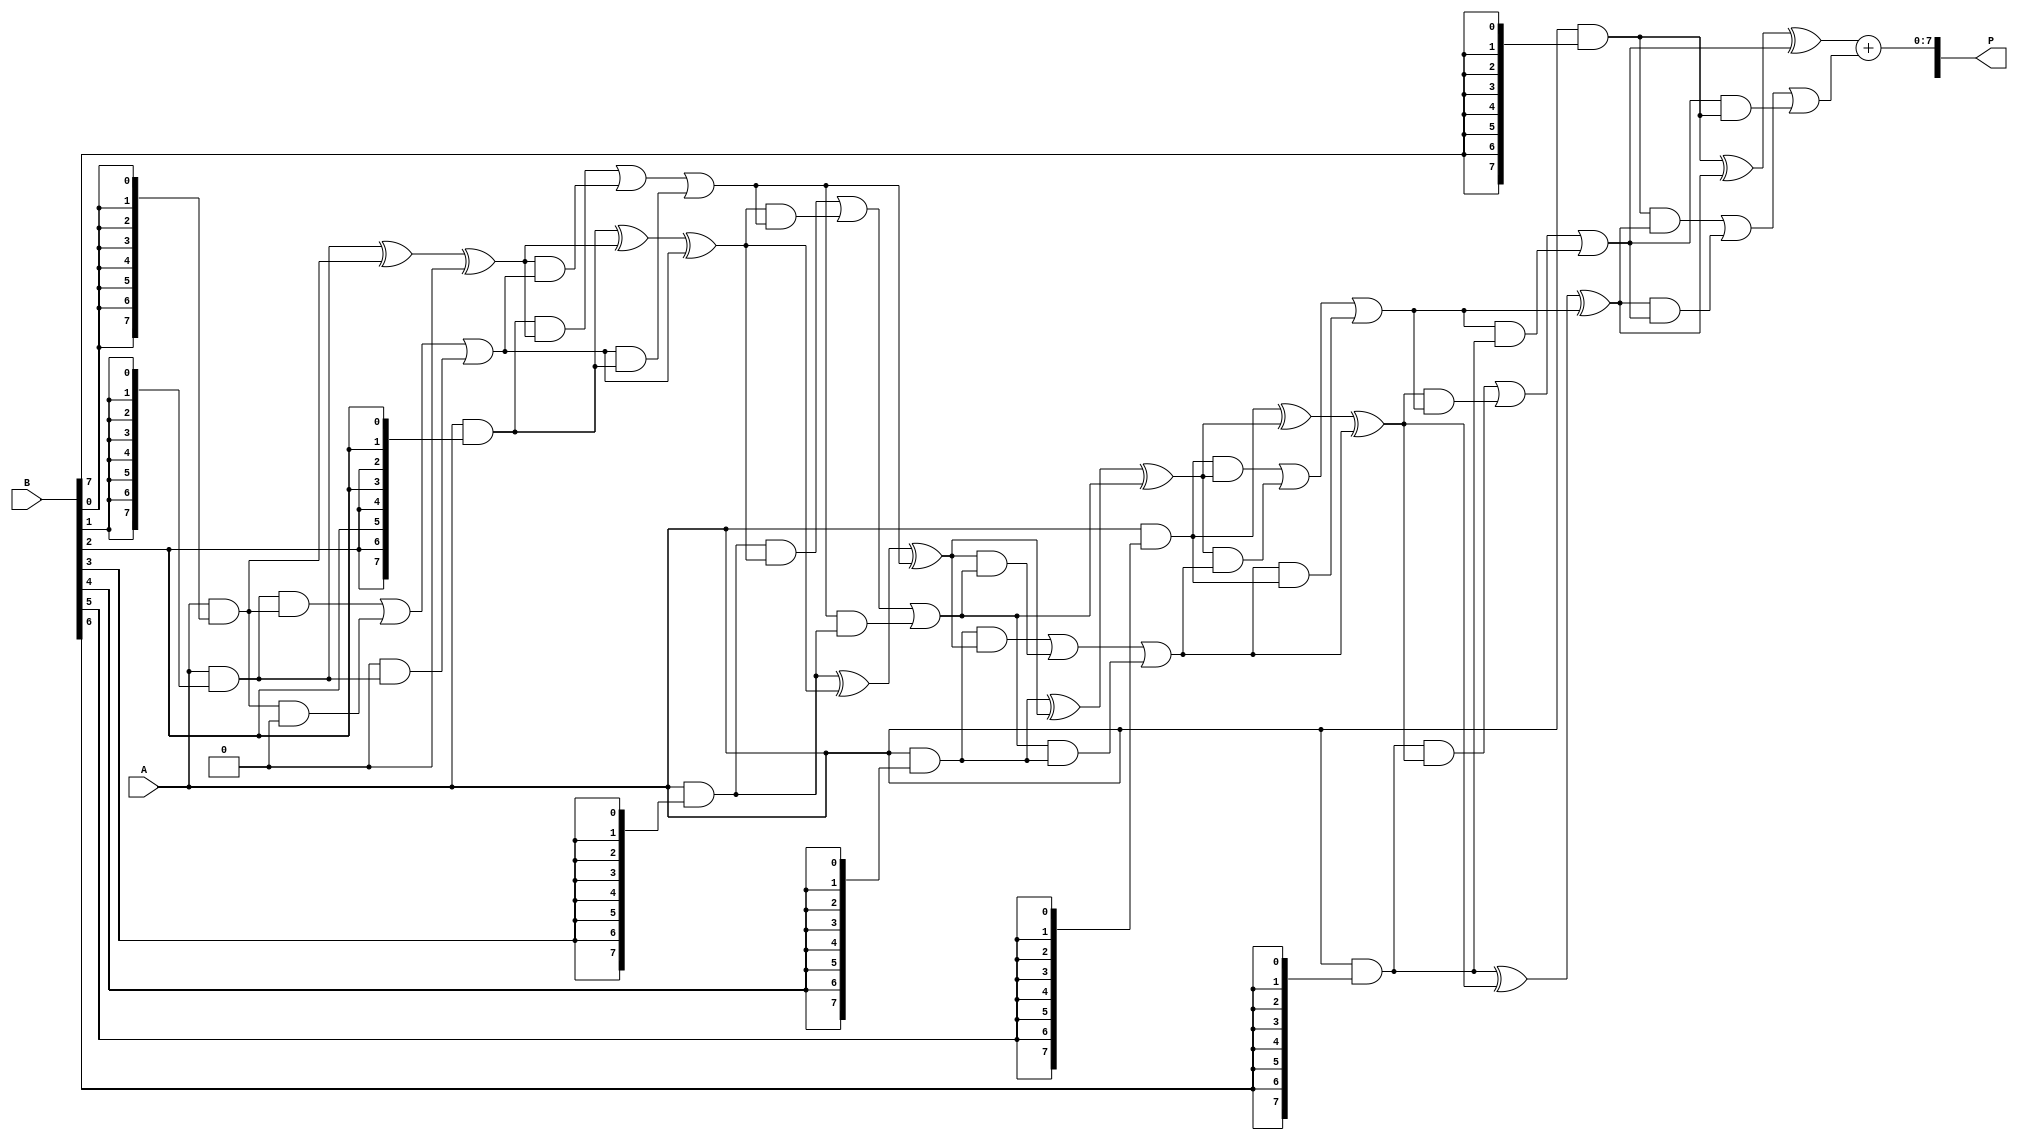
module unfolded_wallace_tree_multiplier #(parameter N = 8) (
    input  [N-1:0] A, // First operand
    input  [N-1:0] B, // Second operand
    output [2*N-1:0] P // Product output
);

    // Generate partial products
    wire [N-1:0] pp [0:N-1]; // Partial products
    genvar i;
    generate
        for (i = 0; i < N; i = i + 1) begin : pp_gen
            assign pp[i] = A & {N{B[i]}}; // AND A with each bit of B
        end
    endgenerate

    // Wallace Tree Reduction
    wire [N-1:0] sum [0:N-1]; // Sums at each stage
    wire [N-1:0] carry [0:N-1]; // Carries at each stage

    // Initial stage: Assign partial products to the first row
    assign sum[0] = pp[0];
    assign carry[0] = 0;

    // Wallace Tree Reduction Stages
    genvar j;
    generate
        for (j = 0; j < N-1; j = j + 1) begin : wallace_tree
            wire [N-1:0] a, b, c;
            assign a = pp[j+1];
            assign b = (j < N-1) ? sum[j] : 0;
            assign c = (j < N-1) ? carry[j] : 0;

            // Carry-save adder: sum three inputs
            assign sum[j+1] = a ^ b ^ c; // Sum
            assign carry[j+1] = (a & b) | (b & c) | (c & a); // Carry
        end
    endgenerate

    // Final addition of the last two rows
    wire [N-1:0] final_sum;
    wire [N-1:0] final_carry;

    assign final_sum = sum[N-1] + carry[N-1];

    // Final product output
    assign P = {final_carry, final_sum}; // Concatenate carry and sum for final product

endmodule